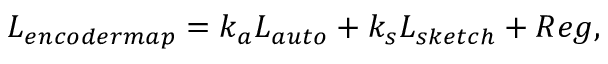
L _ { e n c o d e r m a p } = k _ { a } L _ { a u t o } + k _ { s } L _ { s k e t c h } + R e g ,